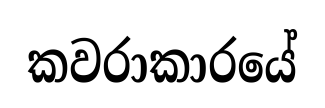
කවරාකාරයේ